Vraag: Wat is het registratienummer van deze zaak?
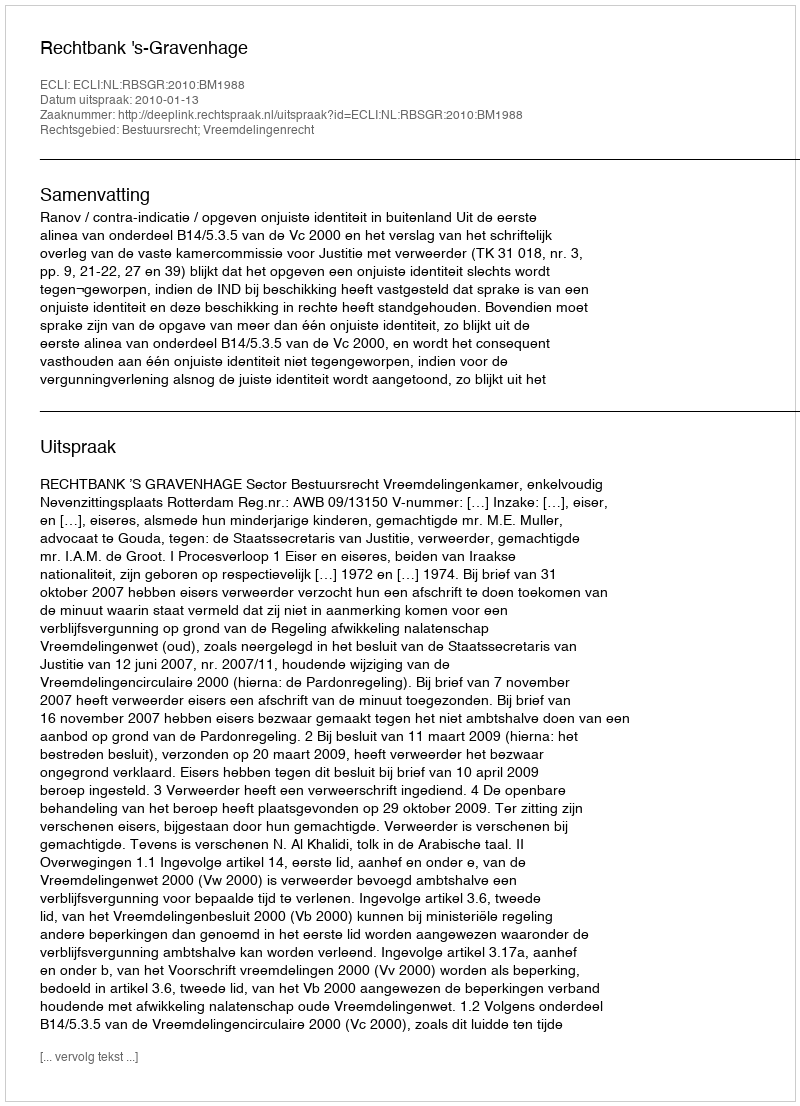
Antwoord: http://deeplink.rechtspraak.nl/uitspraak?id=ECLI:NL:RBSGR:2010:BM1988